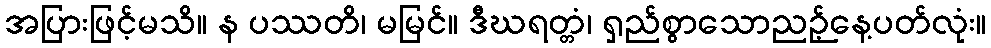
အပြားဖြင့်မသိ။ န ပဿတိ၊ မမြင်။ ဒီဃရတ္တံ၊ ရှည်စွာသောညဉ့်နေ့ပတ်လုံး။